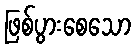
ဖြစ်ပွားစေသော